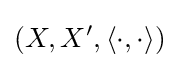
\left(X,X^{\prime },\langle \cdot ,\cdot \rangle \right)